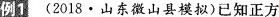
例1 (2018·山东微山县模拟)已知正方